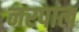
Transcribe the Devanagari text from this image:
नरपाल